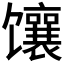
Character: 𫗵